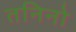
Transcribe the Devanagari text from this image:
तनिनो